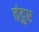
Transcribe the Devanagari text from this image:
तंदुर